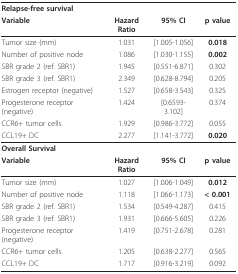
| <COLSPAN=4> Relapse-free survival |
 | Variable | Hazard Ratio | 95% CI | p value |
 | --- | --- | --- | --- |
 | Tumor size (mm) | 1.031 | [1.005-1.056] | 0.018 |
 | Number of positive node | 1.086 | [1.030-1.155] | 0.002 |
 | SBR grade 2 (ref. SBR1) | 1.945 | [0.551-6.871] | 0.302 |
 | SBR grade 3 (ref. SBR1) | 2.349 | [0.628-8.794] | 0.205 |
 | Estrogen receptor (negative) | 1.527 | [0.658-3.543] | 0.325 |
 | Progesterone receptor (negative) | 1.424 | [0.6593-3.102] | 0.374 |
 | CCR6+ tumor cells | 1.929 | [0.986-3.772] | 0.055 |
 | CCL19+ DC | 2.277 | [1.141-3.772] | 0.020 |
 | <COLSPAN=4> Overall Survival |
 | Variable | Hazard Ratio | 95% CI | p value |
 | Tumor size (mm) | 1.027 | [1.006-1.049] | 0.012 |
 | Number of positive node | 1.118 | [1.066-1.173] | < 0.001 |
 | SBR grade 2 (ref. SBR1) | 1.534 | [0.549-4.287] | 0.415 |
 | SBR grade 3 (ref. SBR1) | 1.931 | [0.666-5.605] | 0.226 |
 | Progesterone receptor (negative) | 1.419 | [0.751-2.678] | 0.281 |
 | CCR6+ tumor cells | 1.205 | [0.638-2.277] | 0.565 |
 | CCL19+ DC | 1.717 | [0.916-3.219] | 0.092 |